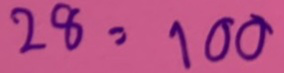
28 = 100